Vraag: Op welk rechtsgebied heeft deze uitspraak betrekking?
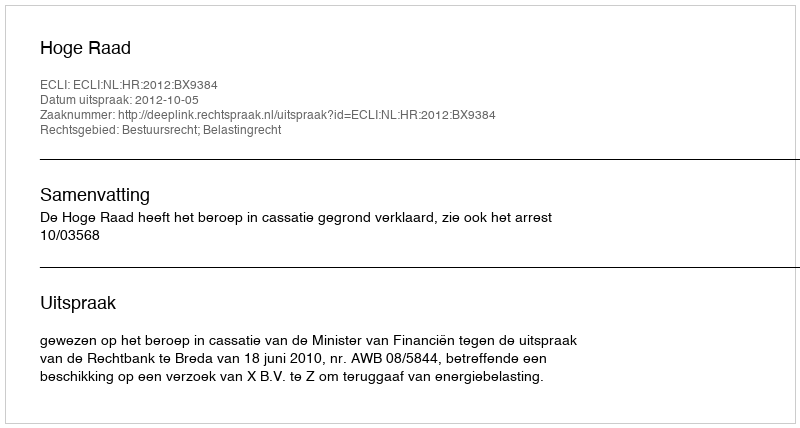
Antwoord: Bestuursrecht; Belastingrecht